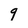
Character: 9